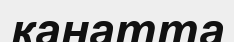
қанатта